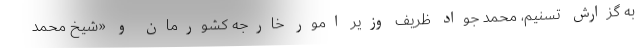
به گزارش تسنیم، محمد جواد ظریف وزیر امور خارجه کشورمان و «شیخ محمد